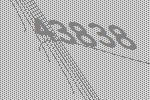
43838